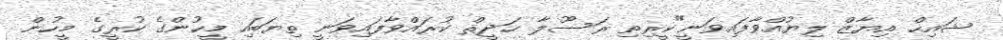
ޝައިހް އިޔާޒް ލިޔުއްވާފައިވަނީ"ކީރިތި ރަސޫލާ ޙަދީޘް ކުރައްވާފައިވަނީ ތިޔަބައި މީހުންގެ ކުރީގެ މީހުން